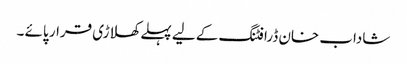
شاداب خان ڈرافٹنگ کے لیے پہلے کھلاڑی قرار پائے ۔